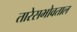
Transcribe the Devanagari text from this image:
तारेसभोवताल